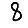
Digit: 8